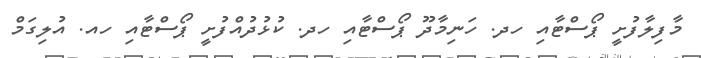
މާފިލާފުށީ ޕޯސްޓާއި ހދ. ހަނިމާދޫ ޕޯސްޓާއި ހދ. ކުޅުދުއްފުށީ ޕޯސްޓާއި ހއ. އުލިގަމް